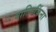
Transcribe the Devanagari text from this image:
वाल्मिकिंना